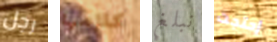
رجل كلامها نبلغ إحتجت